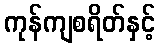
ကုန်ကျစရိတ်နှင့်